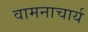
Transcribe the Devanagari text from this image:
वामनाचार्य